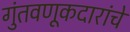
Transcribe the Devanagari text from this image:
गुंतवणूकदारांचे